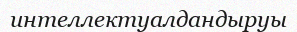
интеллектуалдандыруы